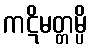
ကဋိမတ္တမ္ပိ